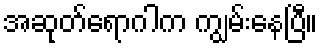
အဆုတ်ရောဂါက ကျွမ်းနေပြီ။